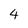
Character: 4